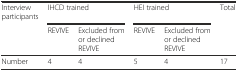
| Interview participants | <COLSPAN=2> IHCD trained | <COLSPAN=2> HEI trained | Total |
 |  | REVIVE | Excluded from or declined REVIVE | REVIVE | Excluded from or declined REVIVE |  |
 | --- | --- | --- | --- | --- | --- |
 | Number | 4 | 4 | 5 | 4 | 17 |